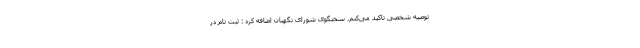
توصیه شخصی تاکید می‌کنم. سخنگوی شورای نگهبان اضافه کرد : ثبت نام در